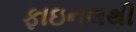
ફાઇનલથી